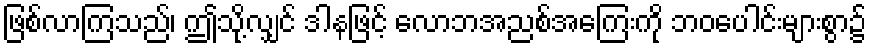
ဖြစ်လာကြသည်၊ ဤသို့လျှင် ဒါနဖြင့် လောဘအညစ်အကြေးကို ဘဝပေါင်းများစွာ၌